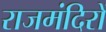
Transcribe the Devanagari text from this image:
राजमंदिरों